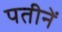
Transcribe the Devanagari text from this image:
पतीनें